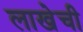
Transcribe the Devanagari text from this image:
लाखेची